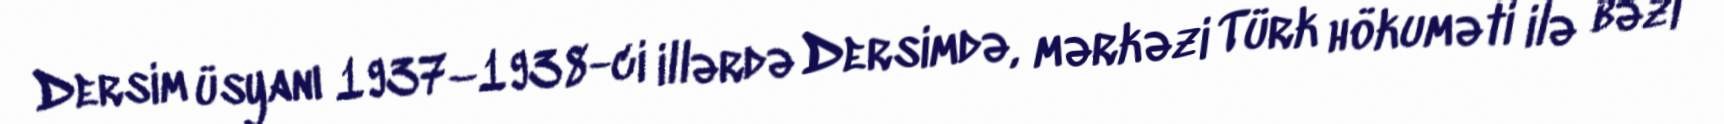
Dersim üsyanı 1937–1938-ci illərdə Dersimdə, mərkəzi Türk hökuməti ilə bəzi